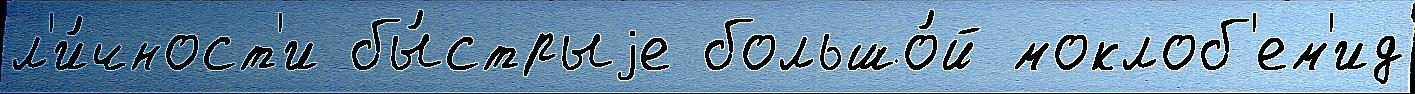
л'и́чност'и бы́стрыjе большо́й моклоб'ем'ид